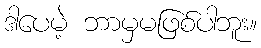
ဒါပေမဲ့ ဘာမှမဖြစ်ပါဘူး။